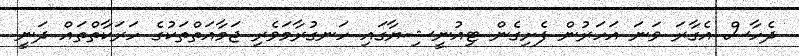
ދެހާސް އެގާރަ ވަނަ އަހަރުން ފެށިގެން ޓިއުނީޝިޔާގައި ހަނގުރާމަވެރި ޖަމާއަތްތަކުގެ ހަރަކާތްތައް ދަނީ